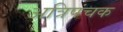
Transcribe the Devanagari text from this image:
अत्रिपंचक